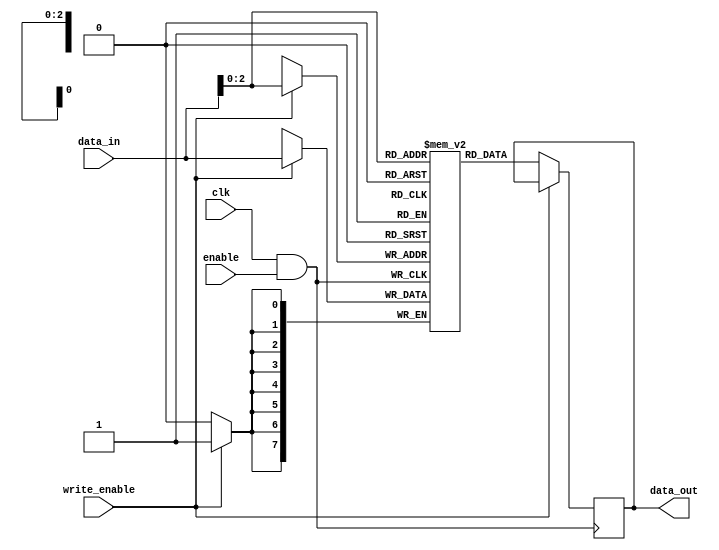
module memory_block (
    input wire clk,          // Main clock signal
    input wire enable,       // Enable signal for clock gating
    input wire [7:0] data_in, // Data input for the memory block
    input wire write_enable,  // Write enable signal
    output reg [7:0] data_out // Data output from the memory block
);

    // Memory array (8x8 bits for example)
    reg [7:0] memory [0:7];

    // Clock gating logic
    wire gated_clk;
    assign gated_clk = clk & enable; // AND gate for clock gating

    // Memory operation
    always @(posedge gated_clk) begin
        if (write_enable) begin
            // Write data to memory
            memory[data_in[2:0]] <= data_in; // Using lower 3 bits of data_in as address
        end else begin
            // Read data from memory
            data_out <= memory[data_in[2:0]]; // Using lower 3 bits of data_in as address
        end
    end

endmodule